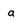
Character: a